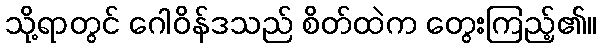
သို့ရာတွင် ဂေါဝိန်ဒသည် စိတ်ထဲက တွေးကြည့်၏။